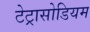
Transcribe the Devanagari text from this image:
टेट्रासोडियम